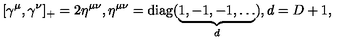
\lbrack \gamma ^ { \mu } , \gamma ^ { \nu } ] _ { + } = 2 \eta ^ { \mu \nu } , \eta ^ { \mu \nu } = \mathrm { d i a g } ( \underbrace { 1 , - 1 , - 1 , \ldots } _ { d } ) , d = D + 1 ,